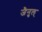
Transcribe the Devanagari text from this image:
जैनुल्